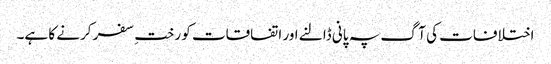
اختلافات کی آگ پہ پانی ڈالنے اور اتفاقات کو رختِ سفر کرنے کا ہے۔